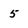
Character: 5